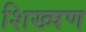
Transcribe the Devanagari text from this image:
शिख्षण